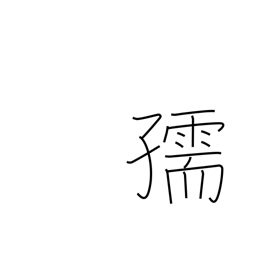
Meaning: child